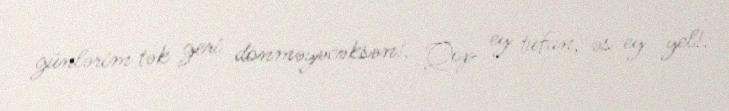
günlərim tək geri dönməyəcəksən!… Qop ey tufan, əs ey yel!.